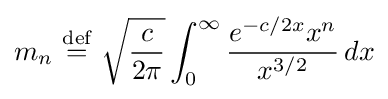
m_{n}\ {\stackrel {\text{def}}{=}}\ {\sqrt {\frac {c}{2\pi }}}\int _{0}^{\infty }{\frac {e^{-c/2x}x^{n}}{x^{3/2}}}\,dx